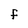
Character: f